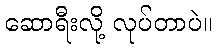
ဆောရီးလို့ လုပ်တာပဲ။